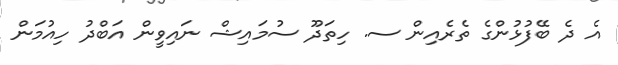
އެ ދެ ބޭފުޅުންގެ ތެރެއިން ސ. ހިތަދޫ ސުމައިޝް ނައިވީން އަބްދު ހިއުމަން